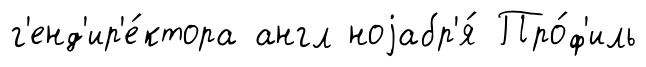
г'енд'ир'е́ктора англ ноjабр'я́ Про́ф'иль